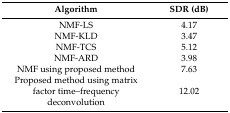
<table><thead><tr><td><b>Algorithm</b></td><td><b>SDR (dB)</b></td></tr></thead><tbody><tr><td>NMF-LS</td><td>4.17</td></tr><tr><td>NMF-KLD</td><td>3.47</td></tr><tr><td>NMF-TCS</td><td>5.12</td></tr><tr><td>NMF-ARD</td><td>3.98</td></tr><tr><td>NMF using proposed method</td><td>7.63</td></tr><tr><td>Proposed method using matrix factor time–frequency deconvolution</td><td>12.02</td></tr></tbody></table>